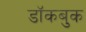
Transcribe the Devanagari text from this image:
डॉकबुक